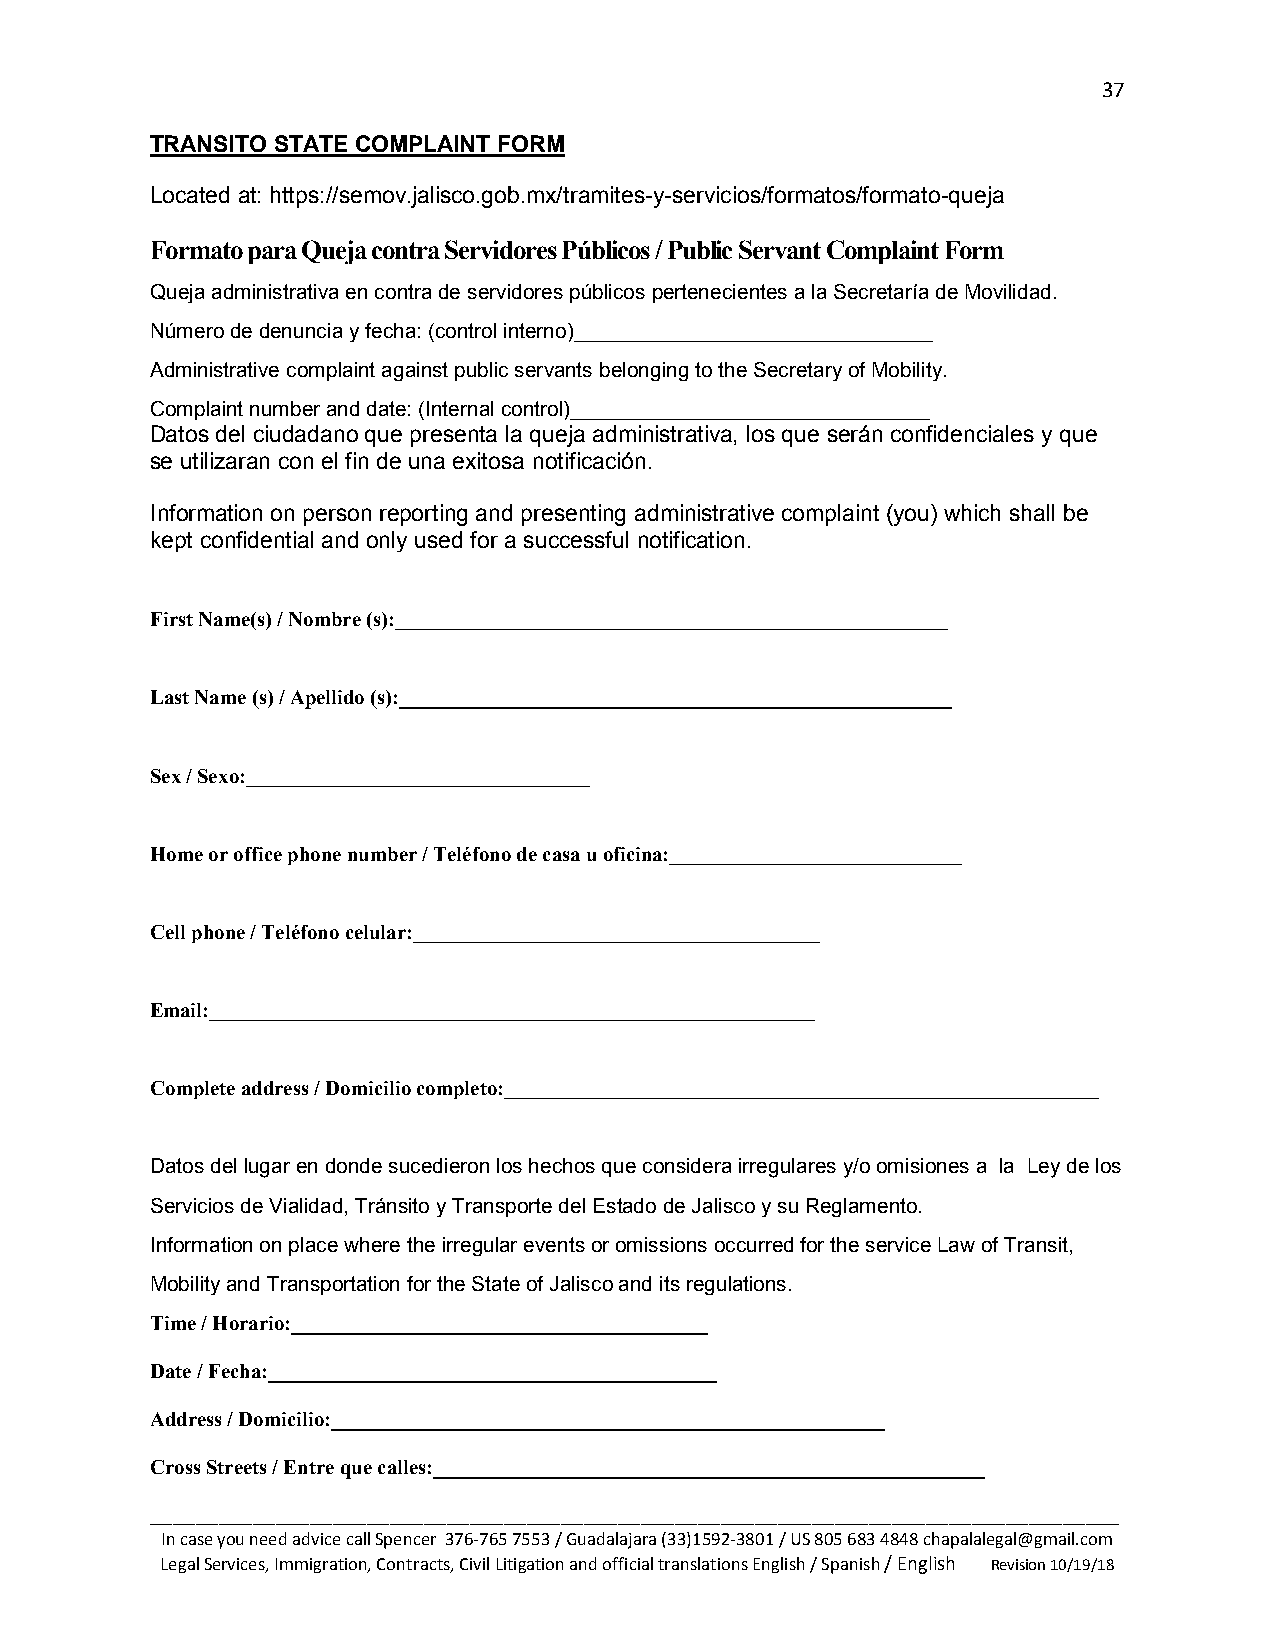
37
 TRANSITO STATE COMPLAINT FORM
 Located at: https://semov.jalisco.gob.mx/tramites-y-servicios/formatos/formato-queja
 Formato para Queja contra Servidores Públicos / Public Servant Complaint Form
 Queja administrativa en contra de servidores públicos pertenecientes a la Secretaría de Movilidad.
 Número de denuncia y fecha: (control interno)_______________________________
 Administrative complaint against public servants belonging to the Secretary of Mobility.
 Complaint number and date: (Internal control)_______________________________
 Datos del ciudadano que presenta la queja administrativa, los que serán confidenciales y que
 se utilizaran con el fin de una exitosa notificación.
 Information on person reporting and presenting administrative complaint (you) which shall be
 kept confidential and only used for a successful notification.
 First Name(s) / Nombre (s):_____________________________________________________
 Last Name (s) / Apellido (s):_____________________________________________________
 Sex / Sexo:_________________________________
 Home or office phone number / Teléfono de casa u oficina:____________________________
 Cell phone / Teléfono celular:_______________________________________
 Email:__________________________________________________________
 Complete address / Domicilio completo:_________________________________________________________
 Datos del lugar en donde sucedieron los hechos que considera irregulares y/o omisiones a la Ley de los
 Servicios de Vialidad, Tránsito y Transporte del Estado de Jalisco y su Reglamento.
 Information on place where the irregular events or omissions occurred for the service Law of Transit,
 Mobility and Transportation for the State of Jalisco and its regulations.
 Time / Horario:________________________________________
 Date / Fecha:___________________________________________
 Address / Domicilio:_____________________________________________________
 Cross Streets / Entre que calles:_____________________________________________________
 _____________________________________________________________________________________
 In case you need advice call Spencer 376-765 7553 / Guadalajara (33)1592-3801 / US 805 683 4848 chapalalegal@gmail.com
 Legal Services, Immigration, Contracts, Civil Litigation and official translations English / Spanish / English Revision 10/19/18